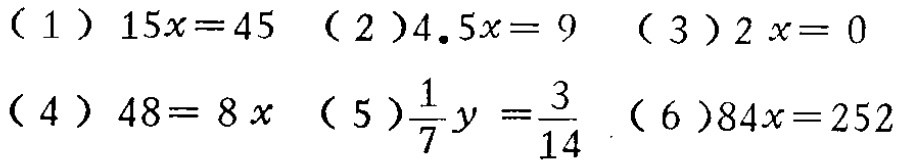
（1）\(15x = 45\) （2）\(4.5x = 9\) （3）\(2x = 0\)

（4）\(48 = 8x\) （5）\(\frac{1}{7}y=\frac{3}{14}\) （6）\(84x = 252\)